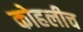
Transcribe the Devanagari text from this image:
कोहलीच